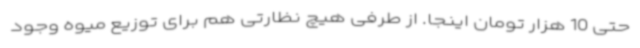
حتی 10 هزار تومان اینجا. از طرفی هیچ نظارتی هم برای توزیع میوه وجود